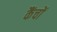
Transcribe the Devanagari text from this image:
कैंचों